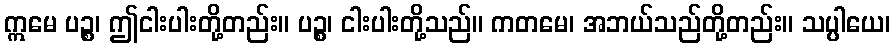
ဣမေ ပဉ္စ၊ ဤငါးပါးတို့တည်း။ ပဉ္စ၊ ငါးပါးတို့သည်။ ကတမေ၊ အဘယ်သည်တို့တည်း။ သပ္ပါယေ၊